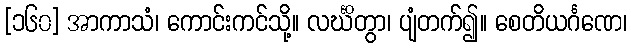
[၁၆၀] အာကာသံ၊ ကောင်းကင်သို့။ လင်္ဃိတွာ၊ ပျံတက်၍။ စေတိယင်္ဂဏေ၊